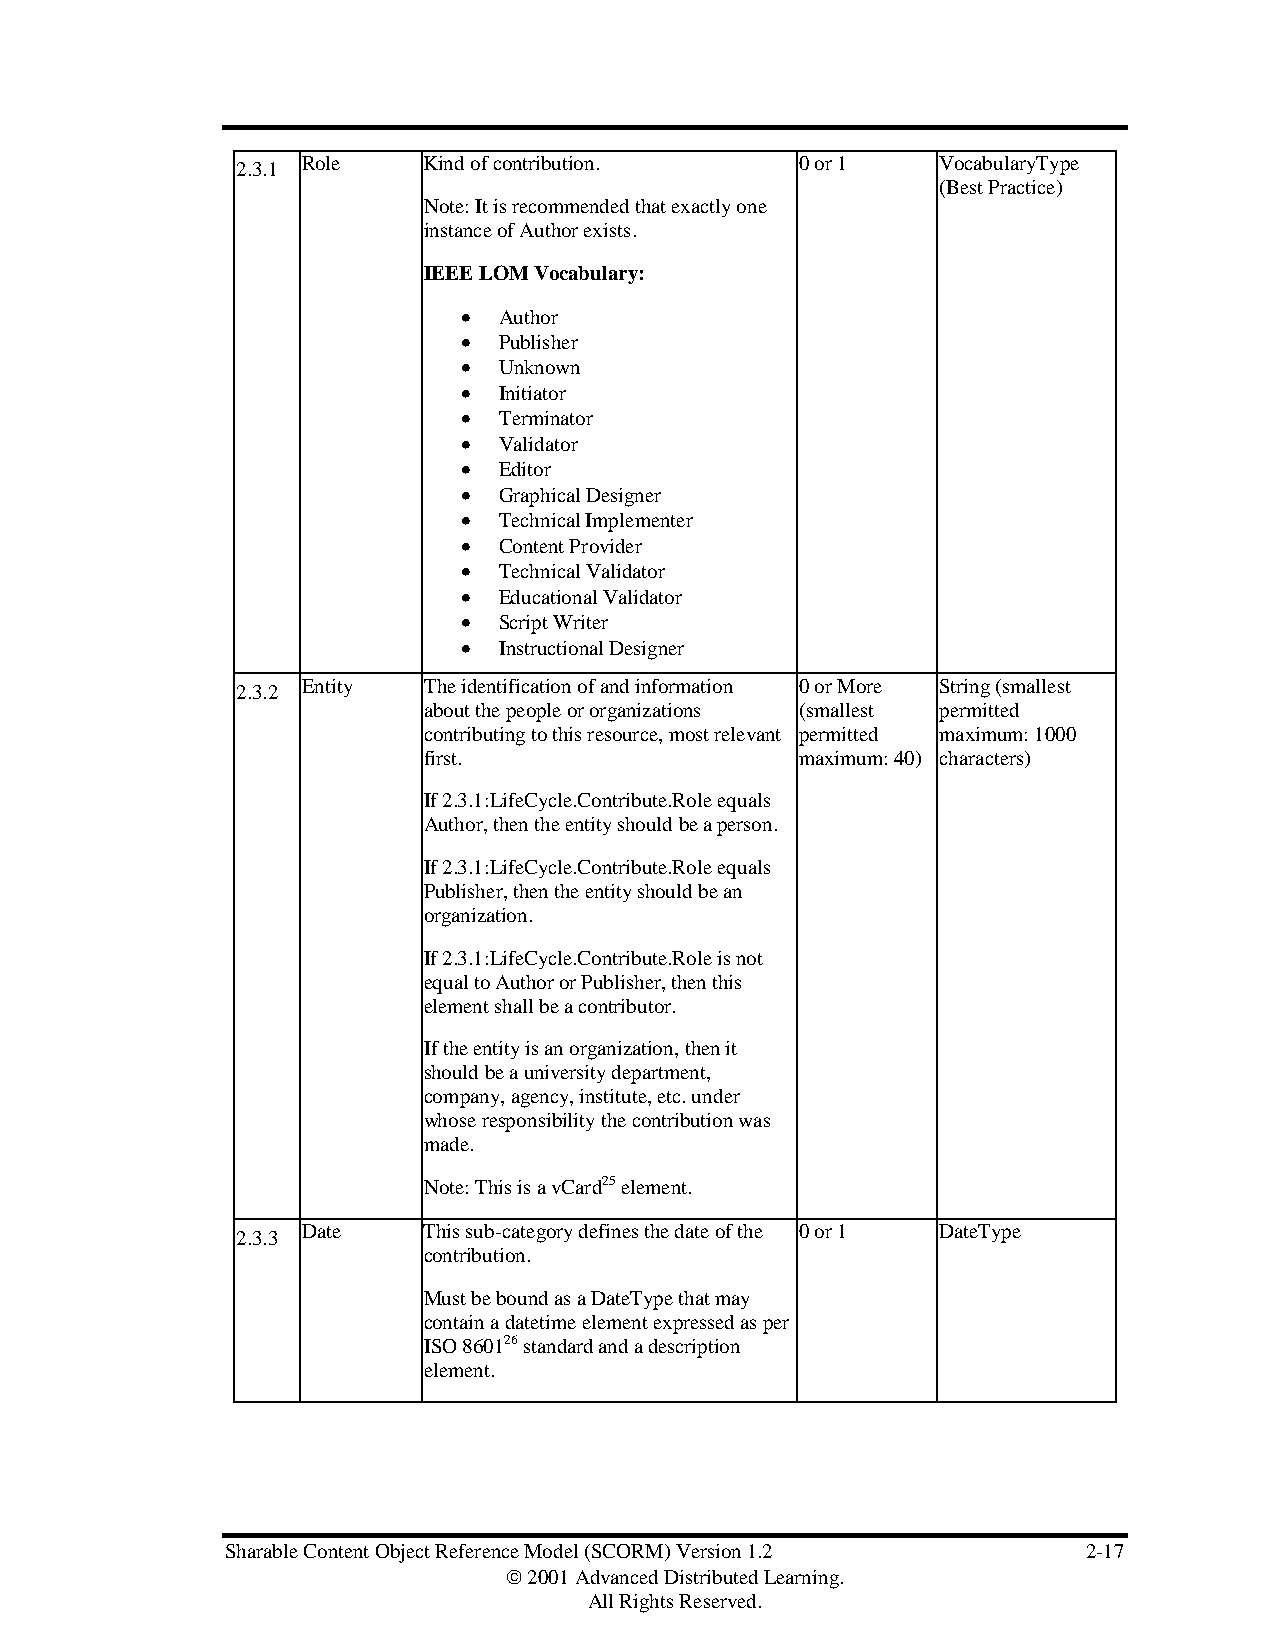
Role    Kind of contribution.    0 or 1   VocabularyType
 2.3.1
 (Best Practice)
 Note: It is recommended that exactly one
 instance of Author exists.
 IEEE LOM Vocabulary:
 • Author
 • Publisher
 • Unknown
 • Initiator
 • Terminator
 • Validator
 • Editor
 • Graphical Designer
 • Technical Implementer
 • Content Provider
 • Technical Validator
 • Educational Validator
 • Script Writer
 • Instructional Designer
 Entity  The identification of and information 0 or More String (smallest
 2.3.2
 about the people or organizations (smallest permitted
 contributing to this resource, most relevant permitted maximum: 1000
 first.                   maximum: 40) characters)
 If 2.3.1:LifeCycle.Contribute.Role equals
 Author, then the entity should be a person.
 If 2.3.1:LifeCycle.Contribute.Role equals
 Publisher, then the entity should be an
 organization.
 If 2.3.1:LifeCycle.Contribute.Role is not
 equal to Author or Publisher, then this
 element shall be a contributor.
 If the entity is an organization, then it
 should be a university department,
 company, agency, institute, etc. under
 whose responsibility the contribution was
 made.
 Note: This is a vCard25 element.
 Date    This sub-category defines the date of the 0 or 1 DateType
 2.3.3
 contribution.
 Must be bound as a DateType that may
 contain a datetime element expressed as per
 ISO 860126 standard and a description
 element.
 Sharable Content Object Reference Model (SCORM) Version 1.2 2-17
  2001 Advanced Distributed Learning.
 All Rights Reserved.